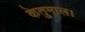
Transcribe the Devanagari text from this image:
केतुमाल।